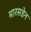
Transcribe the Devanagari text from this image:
मारसडेन